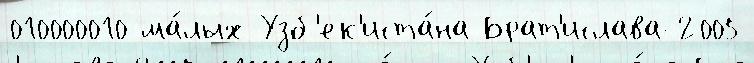
010000010 ма́лых Узб'ек'иста́на Брат'ислава-2005